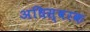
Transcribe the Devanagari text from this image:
अधिस्वरक